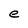
Character: e